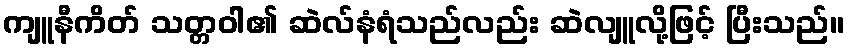
ကျူနီကိတ် သတ္တဝါ၏ ဆဲလ်နံရံသည်လည်း ဆဲလျူလို့ဖြင့် ပြီးသည်။